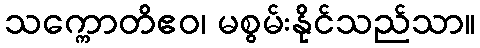
သက္ကောတိဧဝ၊ မစွမ်းနိုင်သည်သာ။